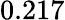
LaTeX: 0.217